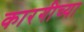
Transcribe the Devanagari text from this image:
कारगीच्या